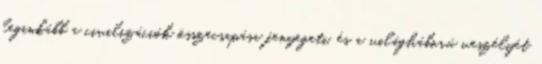
leginkább a civilizációk összecsapása fenyegeti, és a világháború veszélyét